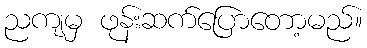
ညကျမှ ဖုန်းဆက်ပြောတော့မည်။